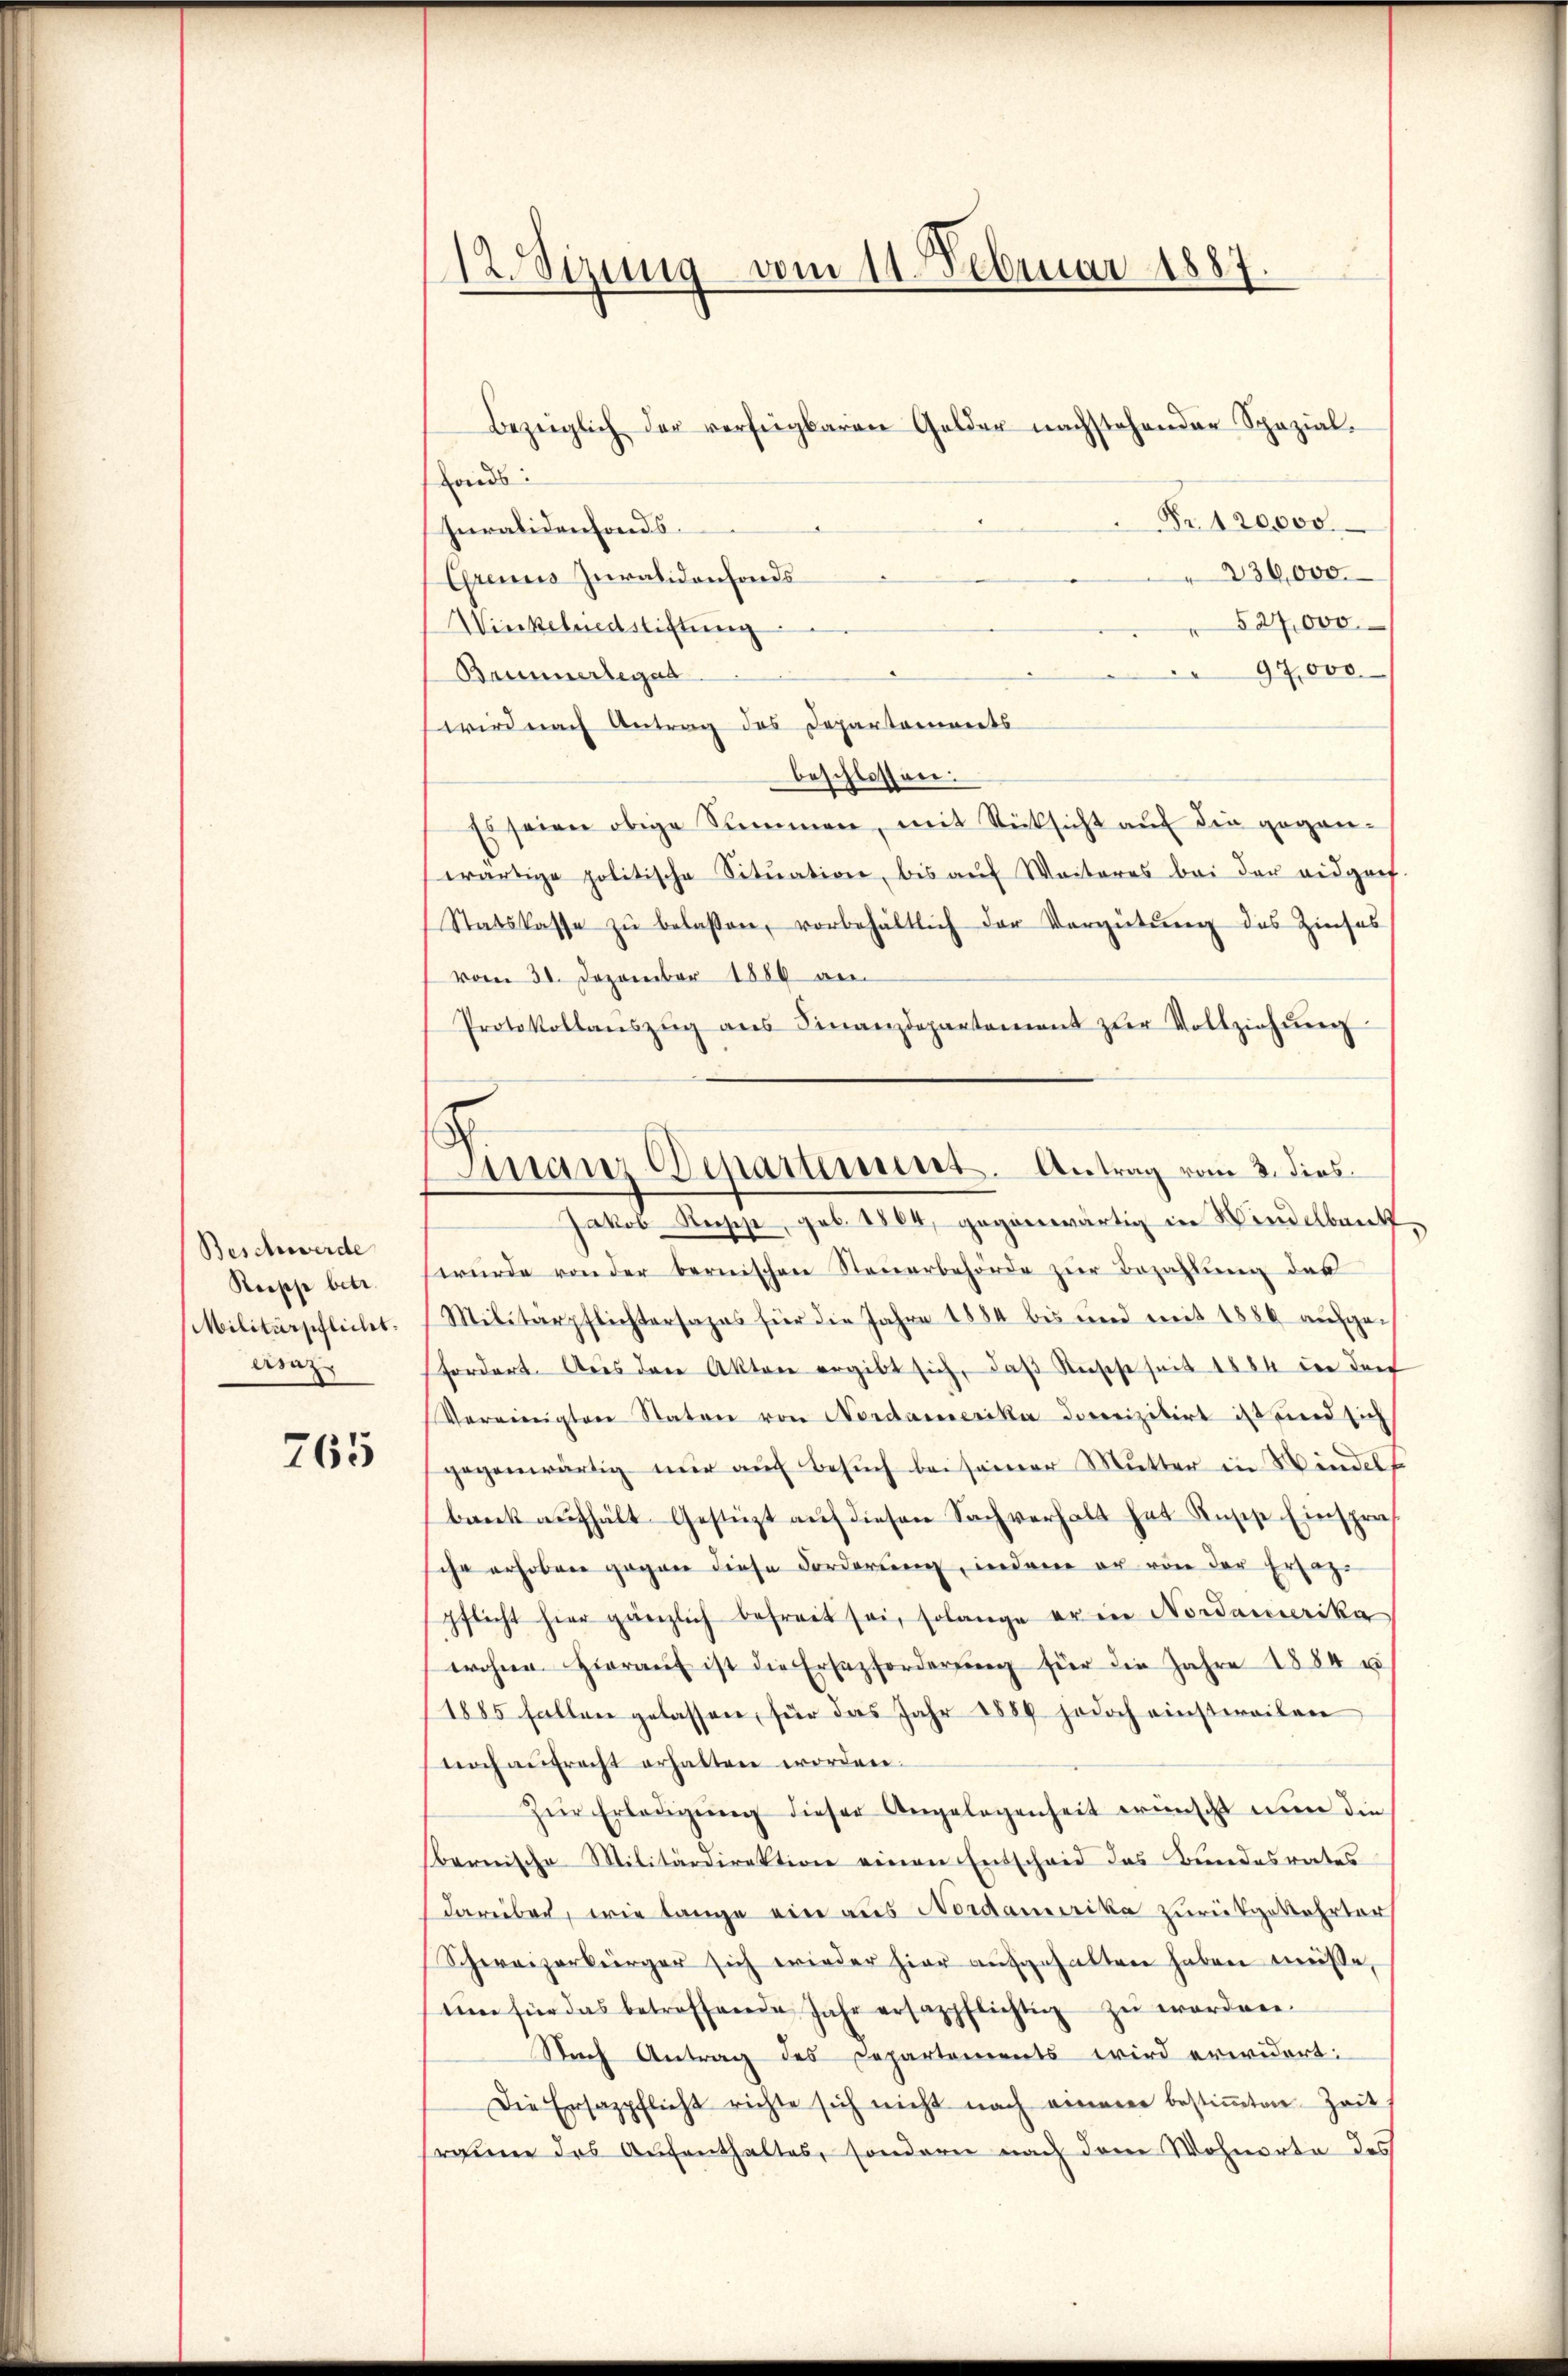
Beschwerde
Reopp betr.
Militärpflicht.
ernz

765

12. Sizung vom 11. Februar 1887.

fonds.
Nr. 120,000
Iuralidenfonds.
236,000
Gremis Juralidenfonds
527,000
Wieckelndstiftung
97,000
Brunnerlegat
wird nach Antrag des Departements
beschlossen:
Es seien obige Stimmen, mit Rücksicht auf die geganwärtige politische Sitŭation, bis aŭf Weiteres bei der eidgref-
Statskasse zŭ belassen, vorbehältlich der Vergütŭng des Zinses
vom 31. Dezember 1889 an
Protokollaŭszŭg aŭs Finanzdepartament zŭr Vollziehŭng
Jakob Reises, geb. 1864, gegenwärtig in Windelbank
würde von der bernischen Steuerbehörde zur Bezahlung der
Militärpflichtersapas für die Jahre 1884 bis und mit 1886 aŭsgefordert. Aus den Akten ergibt sich, daß Rische seit 1884 in der
Vereinigten Staten von Nordamerika docrizitirt ist und sich
gegenwärtig nur auf Besuch bei seiner Mutter in Windels
bank aufhält Gestüzt auf diesen Sachverhalt hat Rusche Einspraihr erhoben gegen diese Forderung, indene er von der Erlage
pflicht hier gänzlich befreit sei, solange er in Nordamerika
wohne hieraŭf ist die Ersatzforderŭng für die Jahre 1884 u
1885 fallen gelassen, für das Jahr 1889 jedoch einstweilen
noch aŭfrecht erhalten worden.
Zŭr Erledigŭng dieser Angelegenheit wünscht nun die
bernische Militärdirektion einen Entscheid das Bundesrates
darüber, wie lange ein aus Nordamerika zurükgekehrter
Schweizerbürger sich wieder hier aufgehalten haben müsse,
tin für das betreffende Jahr ersazpflichtig zŭ worden.
Nach Antrag des Departements wird erwidert:
Die Ersazpflicht richte sich nicht nach einem bestiṁten Zeit
raune des Aufenthaltes, sondern nach dem Wohnorte des

Bezüglich der verfügbaren Gelder nachstehender Spezial¬

Finanz Departement. Antrag vom 3. dies